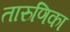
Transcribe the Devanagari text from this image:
तारुणिका